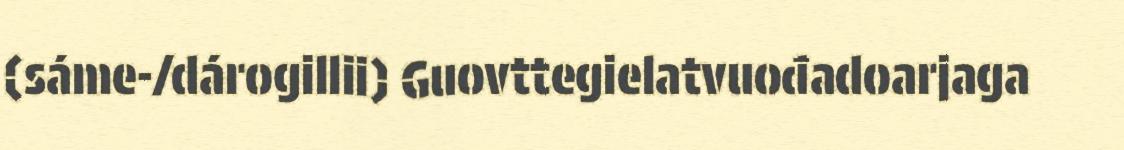
(sáme-/dárogillii) Guovttegielatvuođadoarjaga